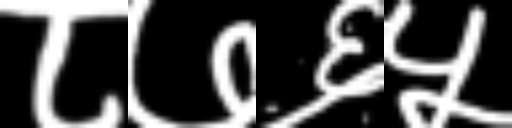
Text: ८७६५